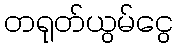
တရုတ်ယွမ်ငွေ